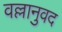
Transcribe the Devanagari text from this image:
वल्लानुवद